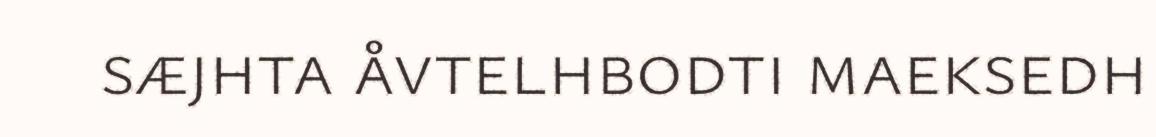
sæjhta åvtelhbodti maeksedh